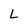
Character: L